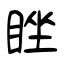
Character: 睉